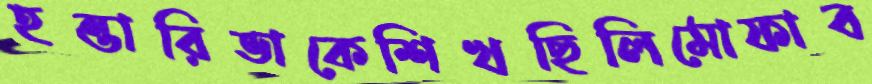
হন্তারিভাকেশিখছিলিমোফাব